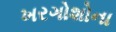
ખરગોશોના